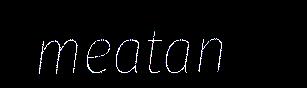
meatan